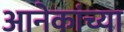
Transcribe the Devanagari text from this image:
आनेकांच्या